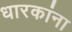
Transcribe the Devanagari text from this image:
धारकांना